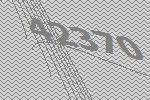
42370